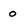
Character: 0